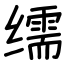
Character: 𦈡